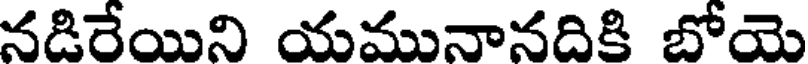
నడిరేయిని యమునానదికి బోయె